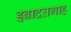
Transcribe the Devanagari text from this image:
इबादतगाह